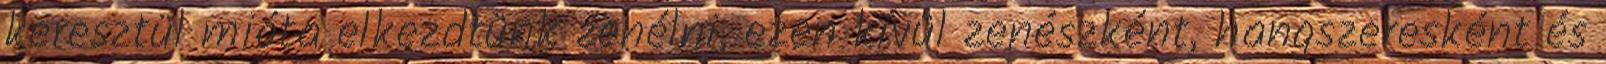
keresztül mióta elkezdtünk zenélni, ezen kívül zenészként, hangszeresként és